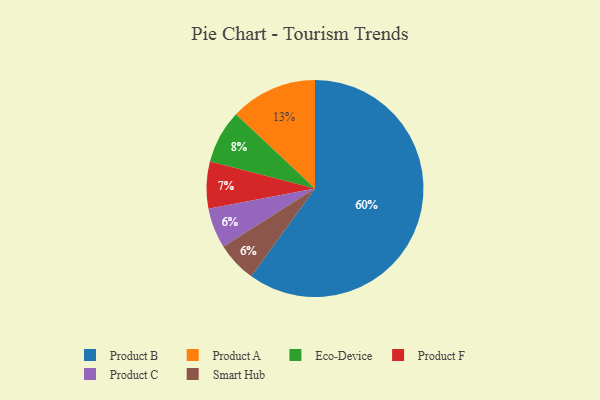
{"axis": {"x": "Category", "y": "Percentage"}, "legend": ["Eco-Device", "Product A", "Product B", "Product C", "Product F", "Smart Hub"], "data": [{"x": "Eco-Device", "y": 8, "type": "Eco-Device"}, {"x": "Product A", "y": 13, "type": "Product A"}, {"x": "Product F", "y": 7, "type": "Product F"}, {"x": "Product B", "y": 60, "type": "Product B"}, {"x": "Product C", "y": 6, "type": "Product C"}, {"x": "Smart Hub", "y": 6, "type": "Smart Hub"}]}